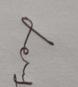
Signature authenticity: genuine